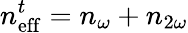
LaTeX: n_{\mathrm{eff}}^{t}=n_{\omega}+n_{2\omega}